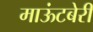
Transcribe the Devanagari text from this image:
माऊंटबेरी